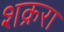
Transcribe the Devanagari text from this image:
शक्ररा